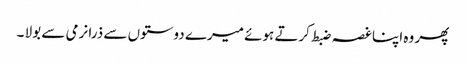
پھر وہ اپنا غصہ ضبط کرتے ہوئے میرے دوستوں سے ذرا نرمی سے بولا ۔